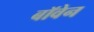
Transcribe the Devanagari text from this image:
बॉवेन